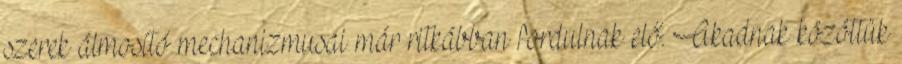
szerek álmosító mechanizmusai már ritkábban fordulnak elő. Akadnak közöttük